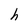
Character: h